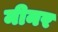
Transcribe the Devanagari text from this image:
मीनर